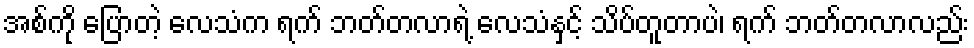
အစ်ကို ပြောတဲ့ လေသံက ရက် ဘတ်တလာရဲ့ လေသံနှင့် သိပ်တူတာပဲ၊ ရက် ဘတ်တလာလည်း